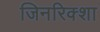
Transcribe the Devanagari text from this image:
जिनरिक्शा